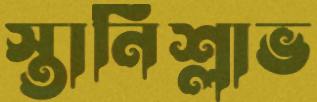
স্তানিশ্লাভ